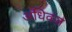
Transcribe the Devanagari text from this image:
अधिकत